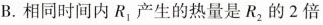
B.相同时间内R_{1}产生的热量是R_{2}的2倍